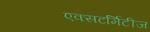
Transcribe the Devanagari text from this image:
एक्सटर्मिटीज